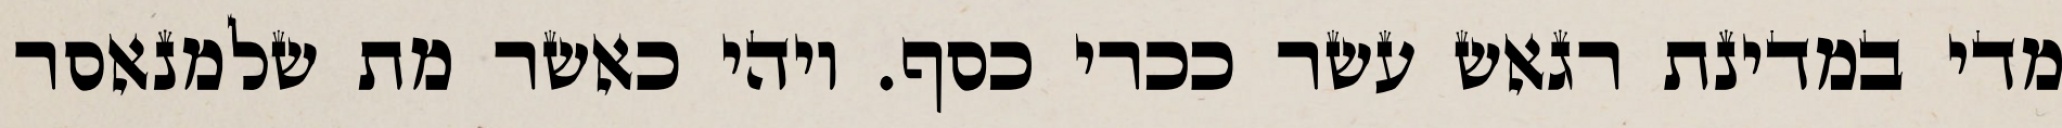
מדי במדינת רגאש עשר ככרי כסף. ויהי כאשר מת שלמנאסר